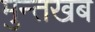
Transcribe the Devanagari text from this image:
मुन्तखब